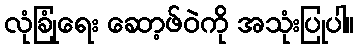
လုံခြုံရေး ဆော့ဖ်ဝဲကို အသုံးပြုပါ။